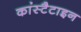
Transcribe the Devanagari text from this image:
कांस्टैटाइन